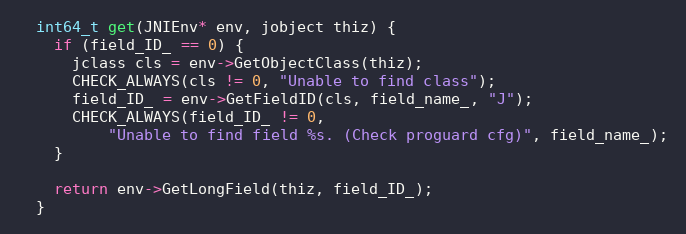
Language: C
  int64_t get(JNIEnv* env, jobject thiz) {
    if (field_ID_ == 0) {
      jclass cls = env->GetObjectClass(thiz);
      CHECK_ALWAYS(cls != 0, "Unable to find class");
      field_ID_ = env->GetFieldID(cls, field_name_, "J");
      CHECK_ALWAYS(field_ID_ != 0,
          "Unable to find field %s. (Check proguard cfg)", field_name_);
    }

    return env->GetLongField(thiz, field_ID_);
  }